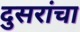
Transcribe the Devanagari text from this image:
दुसरांचा